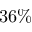
3 6 \%